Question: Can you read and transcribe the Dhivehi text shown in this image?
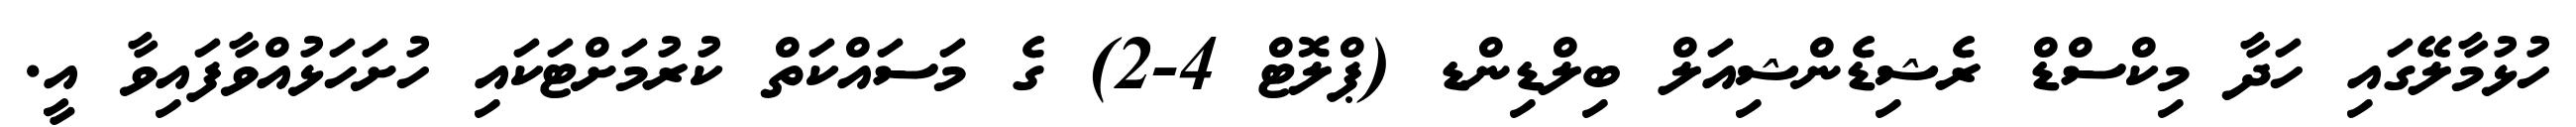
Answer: ހުޅުމާލޭގައި ހަދާ މިކްސްޑް ރެޝިޑެންޝިއަލް ބިލްޑިންޑ (ޕްލޮޓް 4-2) ގެ މަސައްކަތް ކުރުމަށްޓަކައި ހުށަހަޅުއްވާފައިވާ އީ.